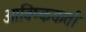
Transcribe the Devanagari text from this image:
आविष्ककर्ता